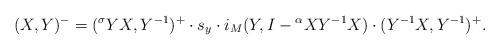
LaTeX: \begin{align*}(X,Y)^-=({}^\sigma YX,Y^{-1})^+\cdot s_y \cdot i_M(Y,I-{}^\alpha XY^{-1} X)\cdot(Y^{-1}X,Y^{-1})^+.\end{align*}